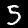
Label: 5